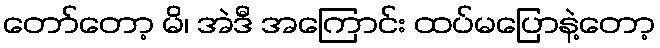
တော်တော့ မိ၊ အဲဒီ အကြောင်း ထပ်မပြောနဲ့တော့